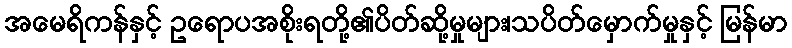
အမေရိကန်နှင့် ဥရောပအစိုးရတို့၏ပိတ်ဆို့မှုများ၊သပိတ်မှောက်မှုနှင့် မြန်မာ